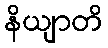
နိယျာတိ